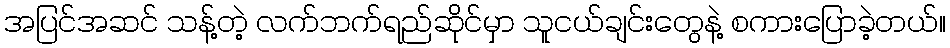
အပြင်အဆင် သန့်တဲ့ လက်ဘက်ရည်ဆိုင်မှာ သူငယ်ချင်းတွေနဲ့ စကားပြောခဲ့တယ်။